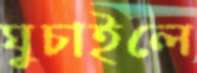
ঘুচাইলে